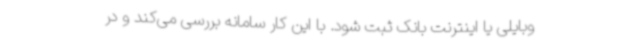
وبایلی یا اینترنت بانک ثبت شود. با این کار سامانه بررسی می‌کند و در